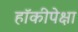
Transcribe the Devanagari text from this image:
हॉकीपेक्षा